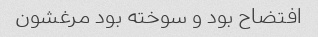
افتضاح بود و سوخته بود مرغشون